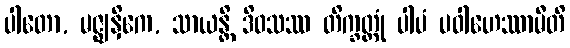
ပါတော, မဇ္ဈနှိကေ, သာယန္တိ ဒိဝသဿ တိက္ခတ္တုံ ပါပံ ပဝါဟေဿာမီတိ